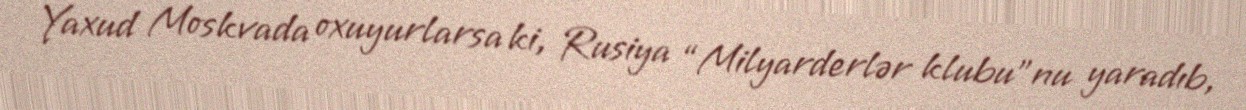
Yaxud Moskvada oxuyurlarsa ki, Rusiya “Milyarderlər klubu”nu yaradıb,